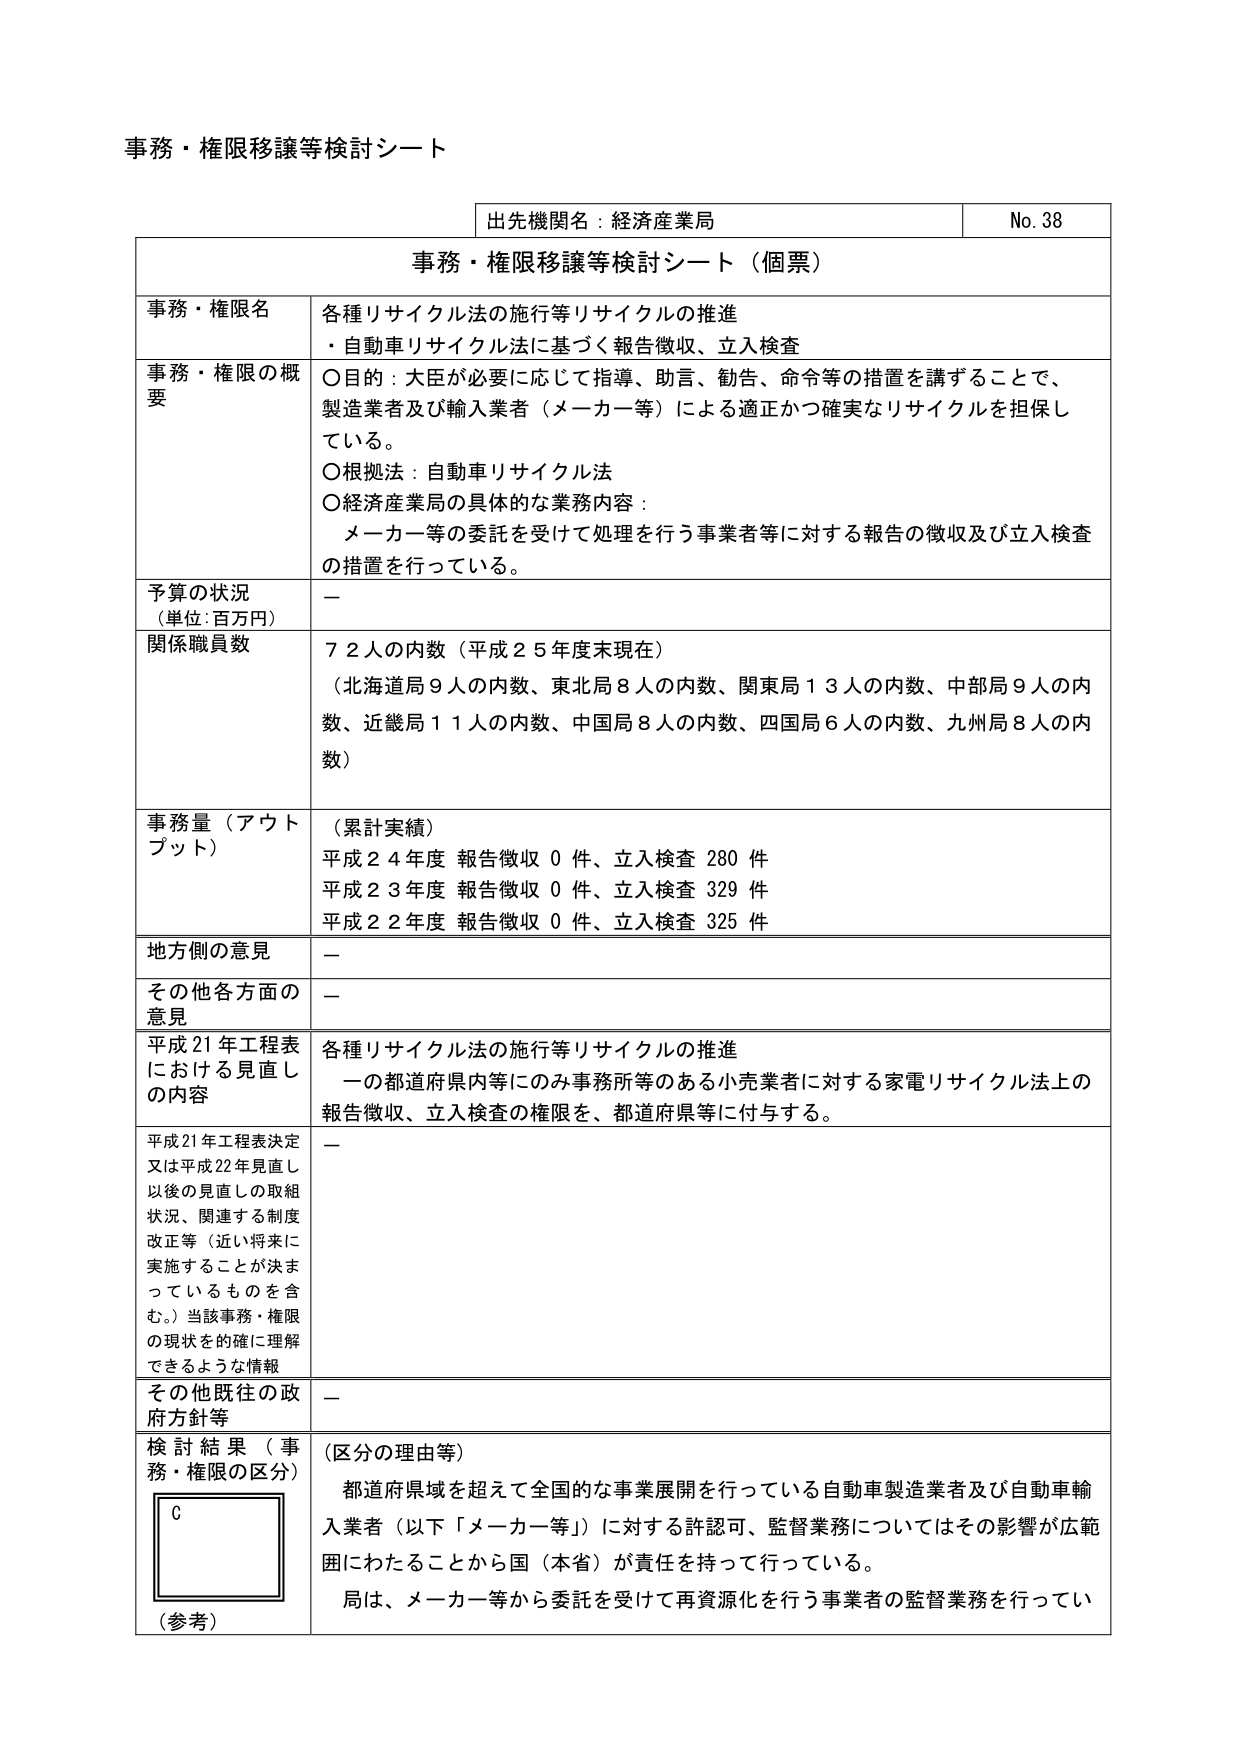
事務・権限移譲等検討シート

出先機関名：経済産業局